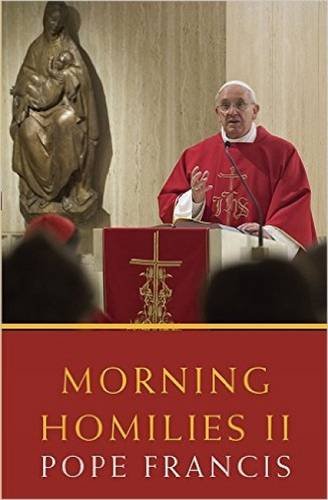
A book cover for Morning Homilies II; Pope Francis; Christian Books & Bibles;